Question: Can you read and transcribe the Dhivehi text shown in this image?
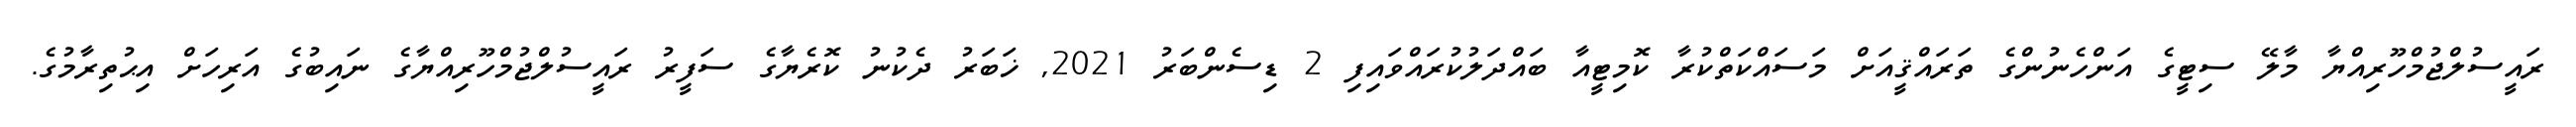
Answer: ރައީސުލްޖުމްހޫރިއްޔާ މާލޭ ސިޓީގެ އަންހެނުންގެ ތަރައްޤީއަށް މަސައްކަތްކުރާ ކޮމިޓީއާ ބައްދަލުކުރައްވައިފި 2 ޑިސެންބަރު 2021, ޚަބަރު ދެކުނު ކޮރެޔާގެ ސަފީރު ރައީސުލްޖުމްހޫރިއްޔާގެ ނައިބުގެ އަރިހަށް އިޙުތިރާމުގެ.